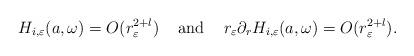
LaTeX: \begin{align*}H_{i,\varepsilon}(a,\omega)= O(r_\varepsilon^{2+l})\;\;\;\mbox{ and }\;\;\;r_\varepsilon\partial_rH_{i,\varepsilon}(a,\omega)= O(r_\varepsilon^{2+l}).\end{align*}